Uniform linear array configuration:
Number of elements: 12
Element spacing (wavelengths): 0.5
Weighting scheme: binomial
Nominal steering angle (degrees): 15
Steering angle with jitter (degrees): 13.327
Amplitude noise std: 0.05
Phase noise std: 0.05

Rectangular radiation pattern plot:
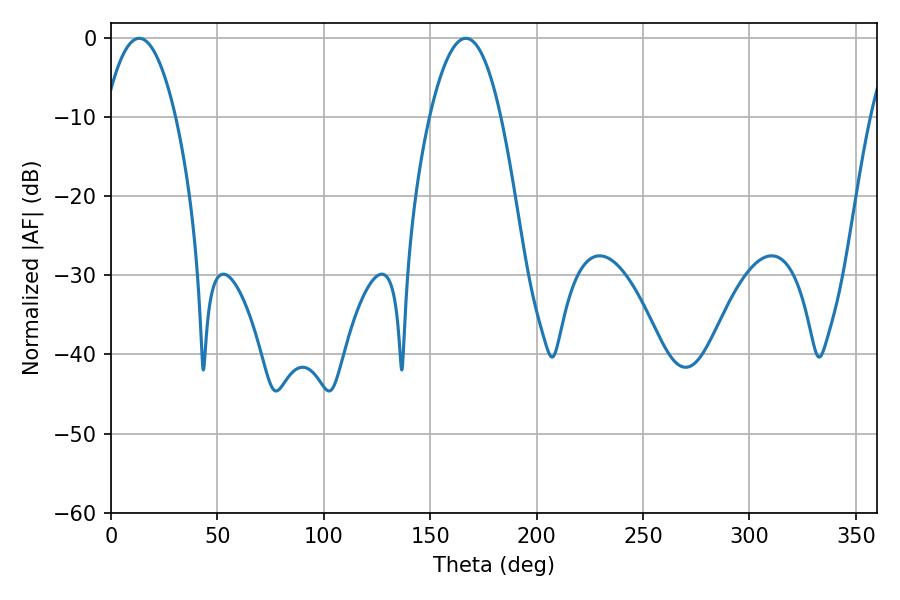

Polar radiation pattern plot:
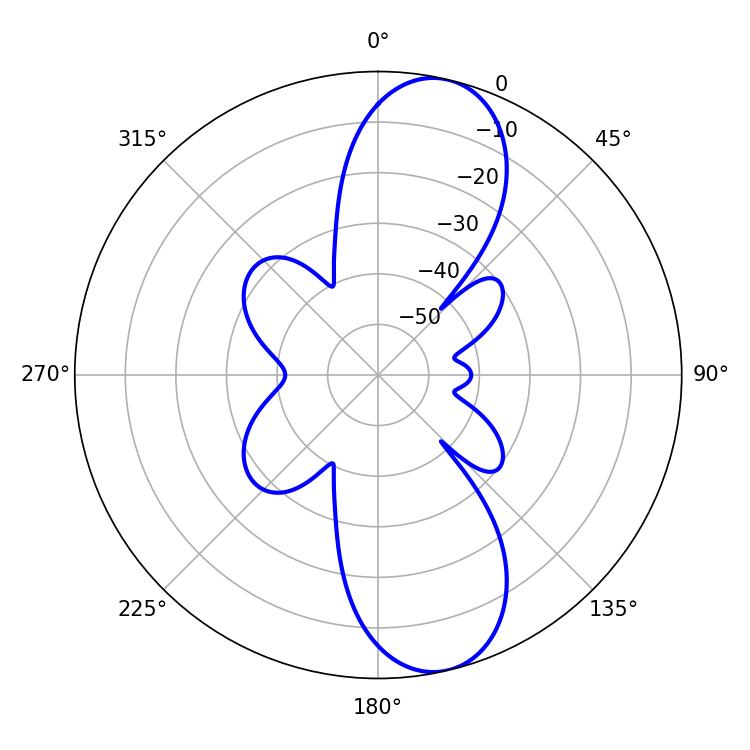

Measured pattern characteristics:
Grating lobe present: FALSE
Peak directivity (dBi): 11.041
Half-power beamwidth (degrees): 18.36
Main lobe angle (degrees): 13.32